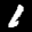
Label: 1